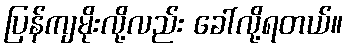
ပြန်ကျမိုးလို့လည်း ခေါ်လို့ရတယ်။